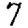
Digit: 7